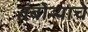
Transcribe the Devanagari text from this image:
तंबोऱ्याचे